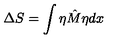
\Delta S = \int \eta \hat { M } \eta d x